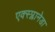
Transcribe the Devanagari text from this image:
एक्स्प्लानेडा